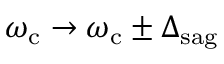
\omega _ { \mathrm { c } } \rightarrow \omega _ { \mathrm { c } } \pm \Delta _ { \mathrm { s a g } }